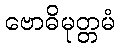
ဗောဓိမုတ္တမံ